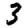
Digit: 3